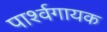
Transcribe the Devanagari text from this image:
पार्श्‍वगायक